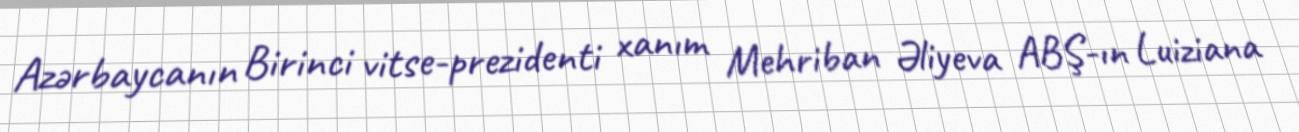
Azərbaycanın Birinci vitse-prezidenti xanım Mehriban Əliyeva ABŞ-ın Luiziana